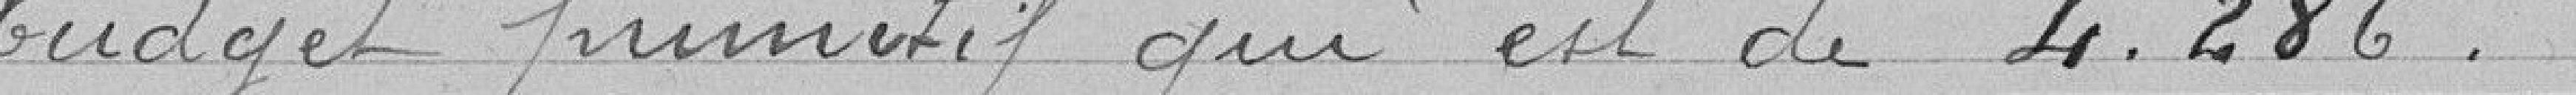
budget primitif qui est de 4.286